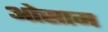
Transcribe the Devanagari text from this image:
ओस्राम